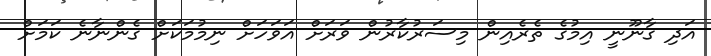
އަދި ގާނޫނީ އިމުގެ ތެރެއިން މިސަރުކާރުން ވަރަށް އަވަހަށް ނިމުމަކަށް ގެންނާނެ ކަމަށް